Indian journal of veterinary science and animal husbandry - Volume 5,
Year: 1935
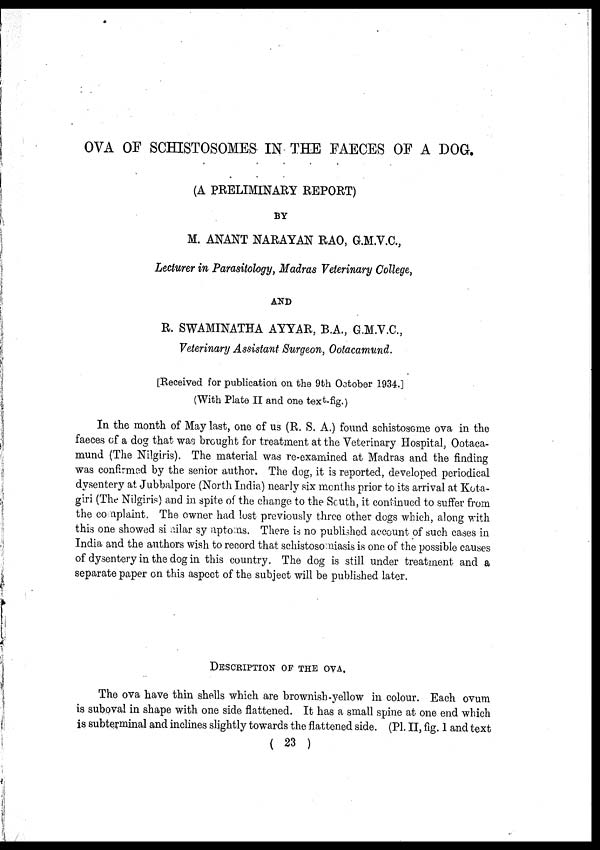
OVA OF SCHISTOSOMES IN THE FAECES OF A DOG.
(A PRELIMINARY REPORT)
BY
M. ANANT NARAYAN RAO, G.M.V.C.,
Lecturer in Parasitology, Madras Veterinary College,
AND
R. SWAMINATHA AYYAR, B.A., G.M.V.C.,
Veterinary Assistant Surgeon, Ootacamund.
[Received for publication on the 9th October 1934.]
(With Plate II and one text-fig.)
In the month of May last, one of us (R. S. A.) found schistosome ova in the
faeces of a dog that was brought for treatment at the Veterinary Hospital, Ootaca-
mund (The Nilgiris). The material was re-examined at Madras and the finding
was confirmed by the senior author. The dog, it is reported, developed periodical
dysentery at Jubbalpore (North India) nearly six months prior to its arrival at Kota¬
giri (The Nilgiris) and in spite of the change to the South, it continued to suffer from
the complaint. The owner had lost previously three other dogs which, along with
this one showed similar symptoms. There is no published account of such cases in
India and the authors wish to record that schistosomiasis is one of the possible causes
of dysentery in the dog in this country. The dog is still under treatment and a
separate paper on this aspect of the subject will be published later.
DESCRIPTION OF THE OVA.
The ova have thin shells which are brownish-yellow in colour. Each ovum
is suboval in shape with one side flattened. It has a small spine at one end which
is subterminal and inclines slightly towards the flattened side. (P1. II, fig. 1 and text
( 23 )